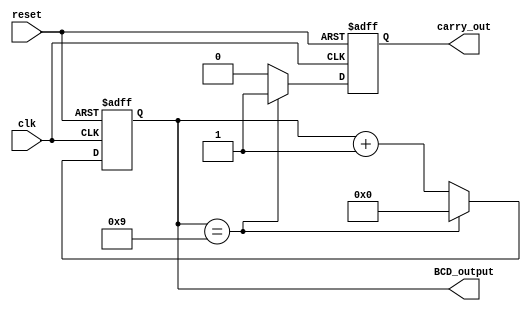
module BCD_Counter(
    input wire clk,
    input wire reset,
    output reg [3:0] BCD_output,
    output reg carry_out
);

reg [3:0] temp;

always @(posedge clk or posedge reset) begin
    if (reset) begin
        temp <= 4'b0;
        carry_out <= 1'b0;
    end else begin
        if (temp == 4'b1001) begin
            temp <= 4'b0000;
            carry_out <= 1'b1;
        end else begin
            temp <= temp + 1;
            carry_out <= 1'b0;
        end
    end
end

assign BCD_output = temp;

endmodule